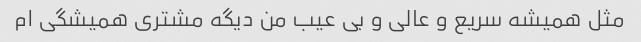
مثل همیشه سریع و عالی و بی عیب من دیگه مشتری همیشگی ام